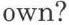
own?